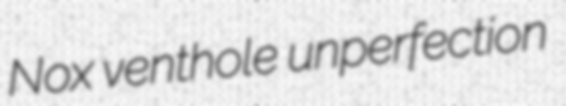
Nox venthole unperfection